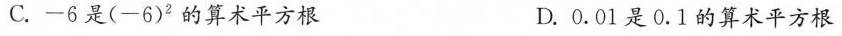
C.-6是(-6)^{2}的算术平方根 D.0.01是0.1的算术平方根